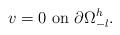
LaTeX: \begin{align*}v=0 \mbox{ on }\partial\Omega_{-l}^h.\end{align*}